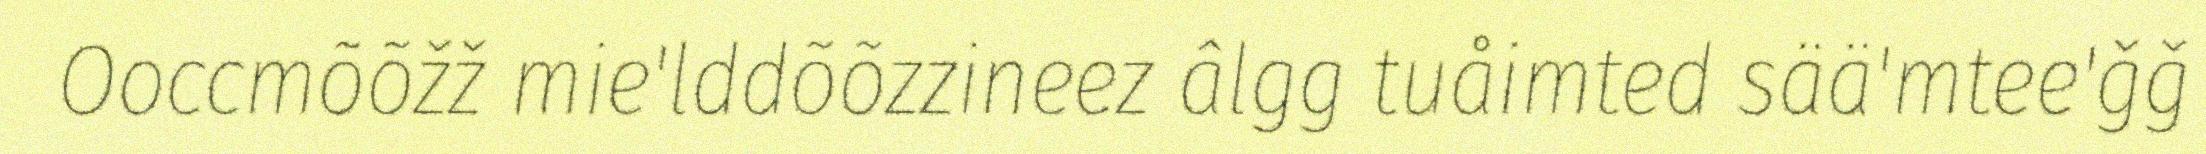
Ooccmõõžž mie'lddõõzzineez âlgg tuåimted sää'mtee'ǧǧ